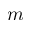
m